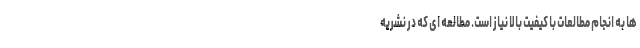
ها به انجام مطالعات با کیفیت بالا نیاز است. مطالعه ای که در نشریه